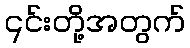
၎င်းတို့အတွက်